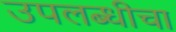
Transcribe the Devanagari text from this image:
उपलब्धीचा